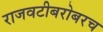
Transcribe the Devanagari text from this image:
राजवटीबरोबरच